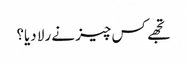
تجھے کس چیز نے رلا دیا؟